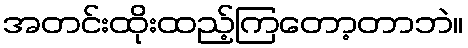
အတင်းထိုးထည့်ကြတော့တာဘဲ။